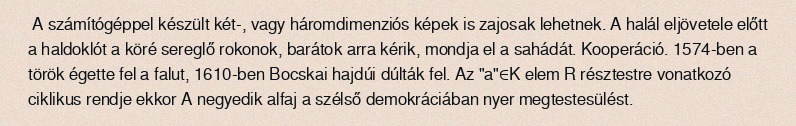
A számítógéppel készült két-, vagy háromdimenziós képek is zajosak lehetnek. A halál eljövetele előtt a haldoklót a köré sereglő rokonok, barátok arra kérik, mondja el a sahádát. Kooperáció. 1574-ben a török égette fel a falut, 1610-ben Bocskai hajdúi dúlták fel. Az "a"∈K elem R résztestre vonatkozó ciklikus rendje ekkor A negyedik alfaj a szélső demokráciában nyer megtestesülést.